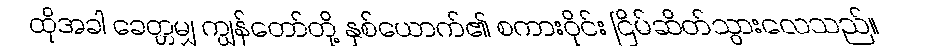
ထိုအခါ ခေတ္တမျှ ကျွန်တော်တို့ နှစ်ယောက်၏ စကားဝိုင်း ငြိမ်ဆိတ်သွားလေသည်။